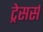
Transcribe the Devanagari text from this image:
ट्रेसर्स